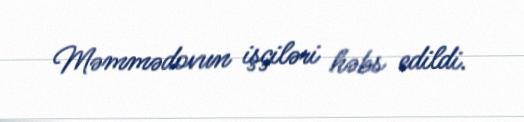
Məmmədovun işçiləri həbs edildi.